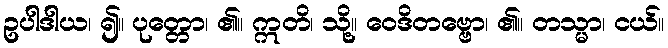
ဥပါဒါယ၊ ၍။ ပုတ္တော၊ ၏။ ဣတိ၊ သို့။ ဝေဒိတဗ္ဗော၊ ၏။ တသ္မာ၊ ငယ်။